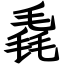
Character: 毳